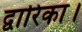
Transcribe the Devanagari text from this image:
द्वारिका।